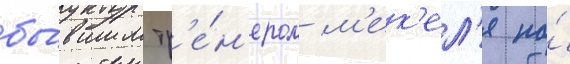
бы́вшим тр'е́н'ером м'ек'ел'я по́